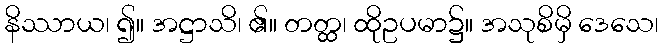
နိဿာယ၊ ၍။ အဋ္ဌာသိ၊ ၏။ တတ္ထ၊ ထိုဥပမာ၌။ အသုစိမှိ ဒေသေ၊